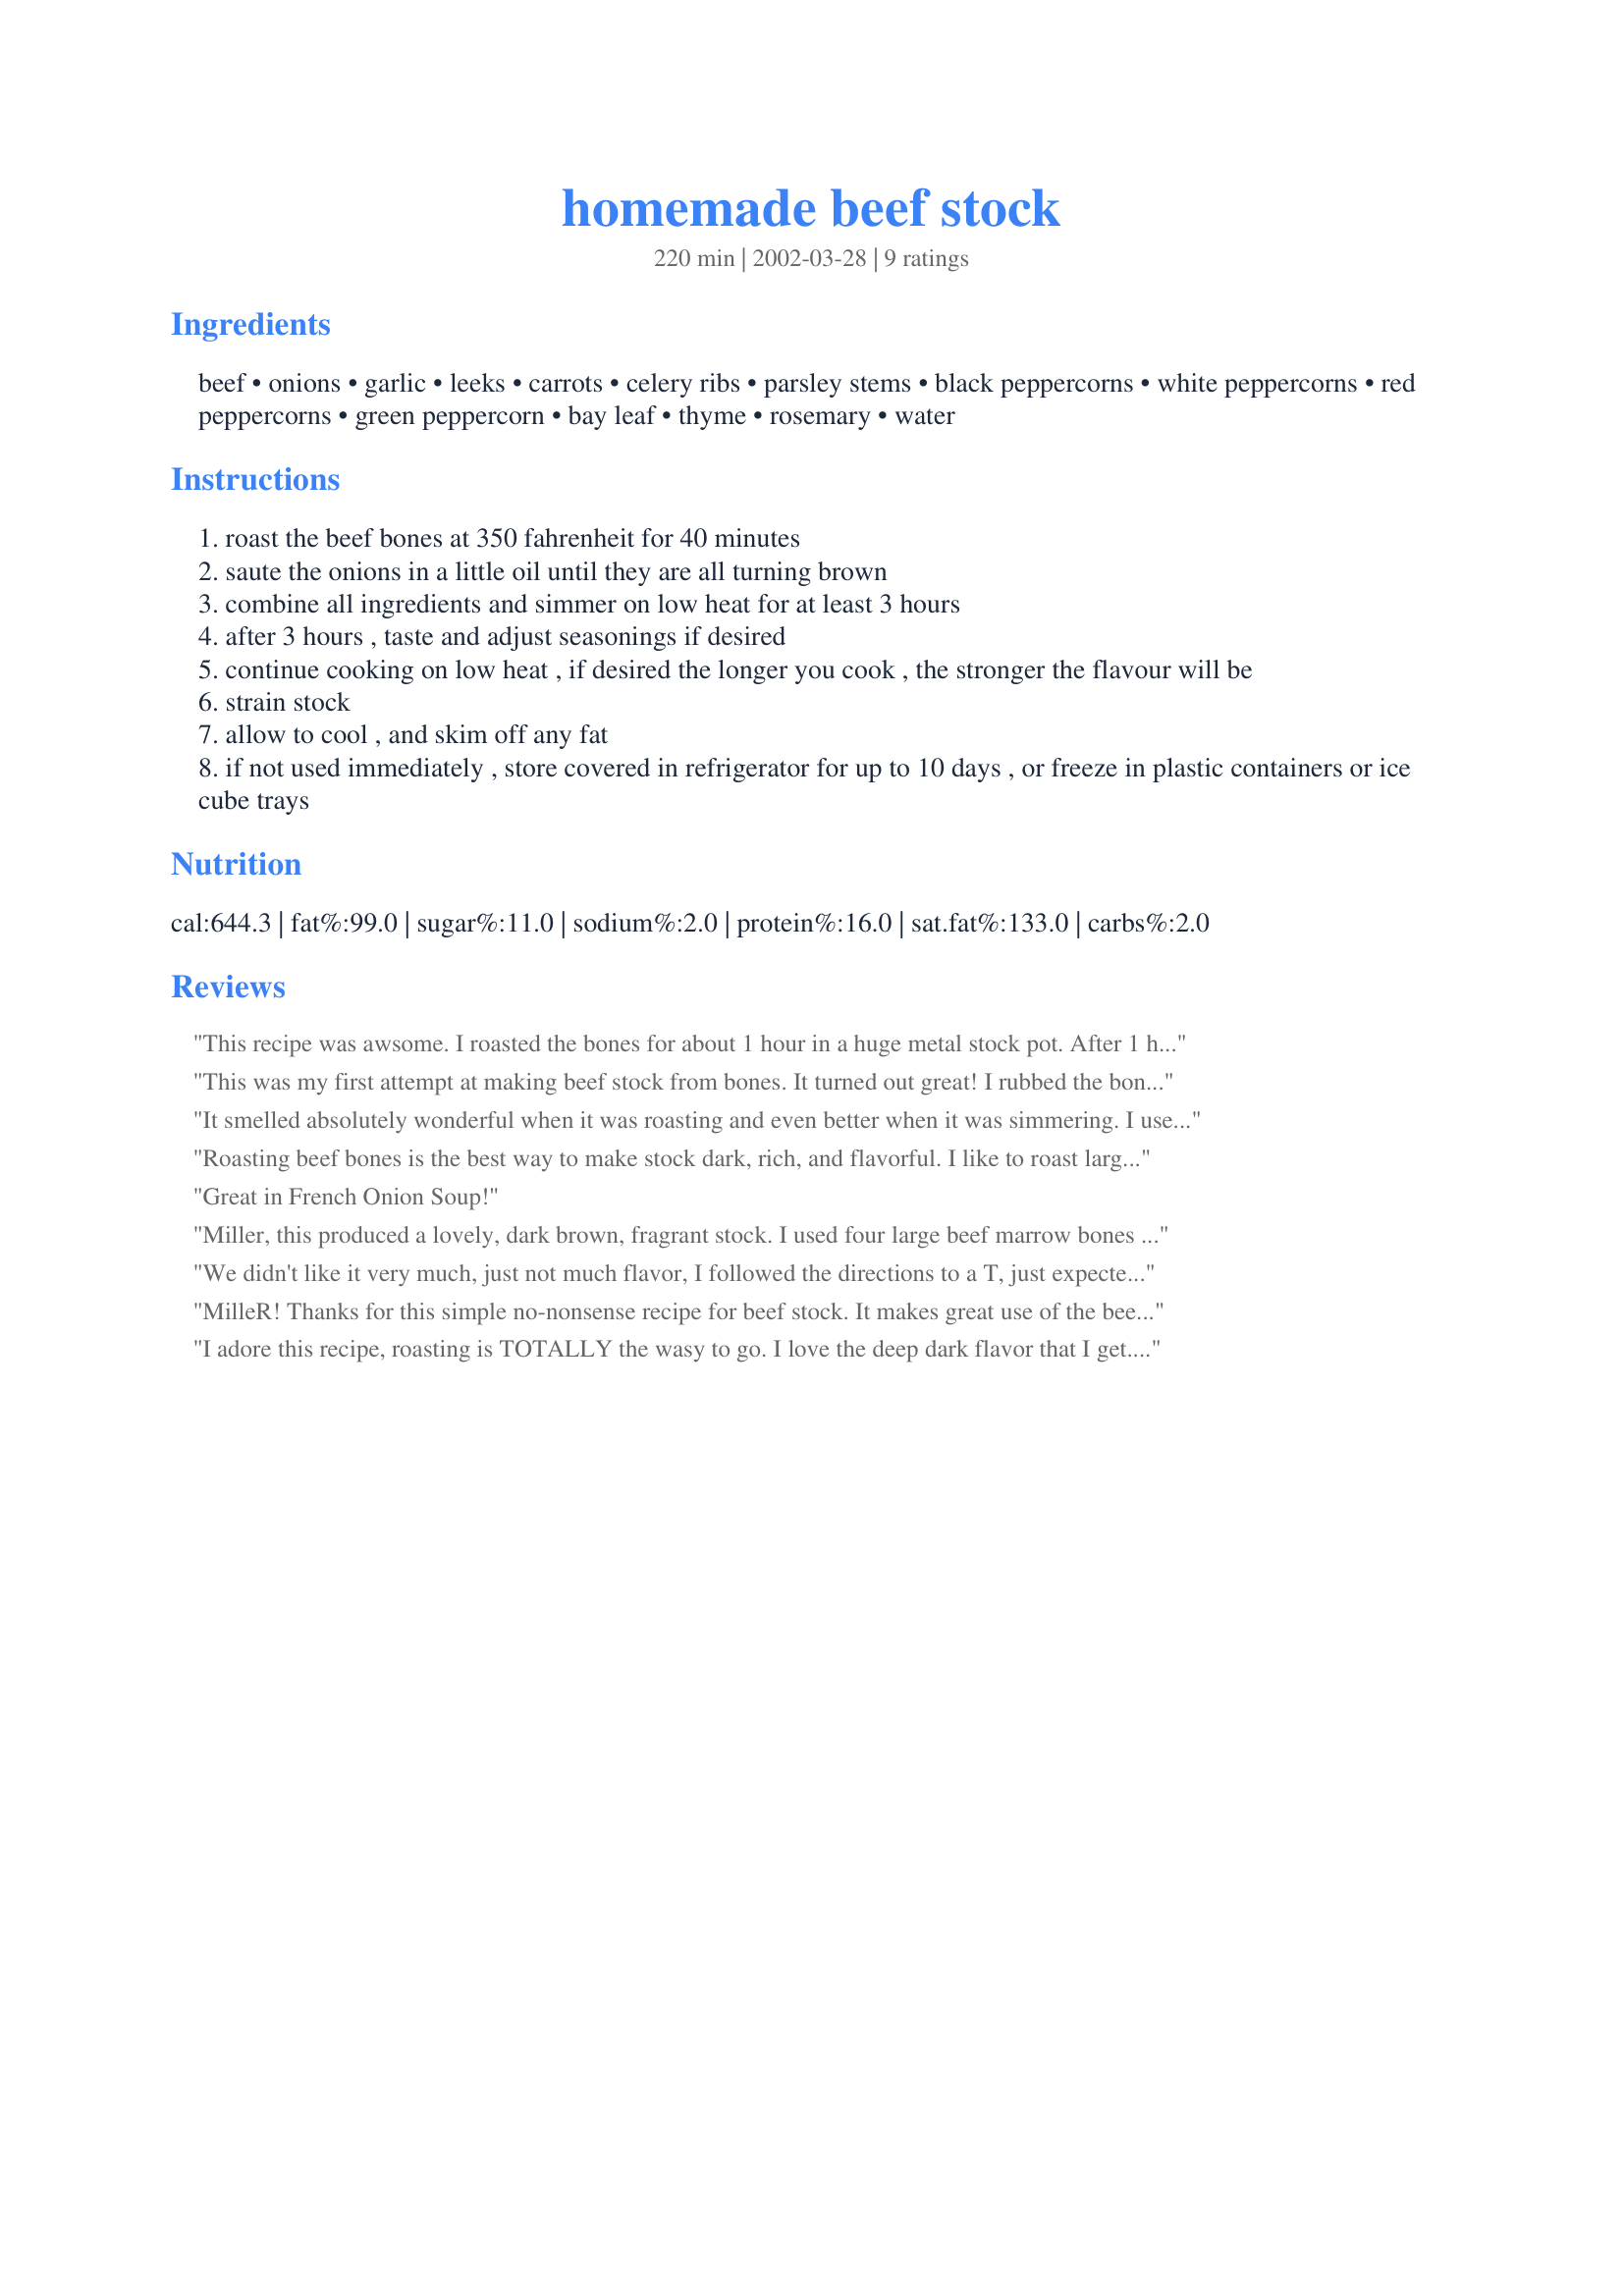
homemade beef stock
Preparation time: 220 minutes

Ingredients:
beef, onions, garlic, leeks, carrots, celery ribs, parsley stems, black peppercorns, white peppercorns, red peppercorns, green peppercorn, bay leaf, thyme, rosemary, water

Steps:
roast the beef bones at 350 fahrenheit for 40 minutes
saute the onions in a little oil until they are all turning brown
combine all ingredients and simmer on low heat for at least 3 hours
after 3 hours , taste and adjust seasonings if desired
continue cooking on low heat , if desired the longer you cook , the stronger the flavour will be
strain stock
allow to cool , and skim off any fat
if not used immediately , store covered in refrigerator for up to 10 days , or freeze in plastic containers or ice cube trays

Reviews:
This recipe was awsome. I roasted the bones for about 1 hour in a huge metal stock pot. After 1 hour I brushed them with tomato paste till well covered. I simmered the stock for about 6 hours after adding fresh herbs and vegetables. Roasting the bones in the stock pot kept every bit of flavor in the stock. I got 4 large and 3 small mason jars. It made the best French Onion Soup my family has ever had.... I am making it again tomorrow :):)
This was my first attempt at making beef stock from bones. It turned out great! I rubbed the bones with a little tomato paste before roasting which added another layer of flavor to the stock. Then I followed the instructions, using the crockpot method, letting it cook 22 hours until it was brown and aromatic. I couldn't believe how rich and flavorful it was with basically no work. I used 4 cups of the stock for Miller's Crock Pot French Onion Soup #19515 and it was fantastic. Try this recipe!
It smelled absolutely wonderful when it was roasting and even better when it was simmering. I used mutton bones as I couldn't get beef bones. Poured the good stuff from the roasting pan into the stockpot.
Roasting beef bones is the best way to make stock dark, rich, and flavorful. I like to roast large chunks of onions, leeks, carrots, and celery right in the same roasting pan along with the bones. As moisture comes out of the veggies, the flavors are more intense. Be sure to glaze the roasting pan when done with a little cold water. Dissolve all of those brown flavorful "crispies". Great recipe.
Great in French Onion Soup!
Miller, this produced a lovely, dark brown, fragrant stock. I used four large beef marrow bones (next time, though, will get butcher to cut each bone into smaller pieces), and added mushrooms and extra onions as I couldn't find leeks at my grocery store. I simmered the stock for about 5 - 7 hours and the depth of flavor was just excellent. I think that roasting the bones first is really the key to getting the flavor to truly develop. I ended up with about 9 cups of stock. Next time, I might add some wine to the stock, too. This will be the recipe I use to make stock from now on. Thanks, Miller...it's a winner in my book!
We didn't like it very much, just not much flavor, I followed the directions to a T, just expected More Flavor from this. Okay, not bad, just expecting too much from this I think.
MilleR! Thanks for this simple no-nonsense recipe for beef stock. It makes great use of the beef bones I get in abundance with our side of beef. I didn't change anything - simmered stovetop for 5 hours. I am using it to make a spicy homemade beef & veggie soup.
I adore this recipe, roasting is TOTALLY the wasy to go. I love the deep dark flavor that I get. I place 2 cups in zip freezer bags, squeeze out any air then freeze flat on a cookie sheet, when firm I stack them like files in my freezer for easy use,
